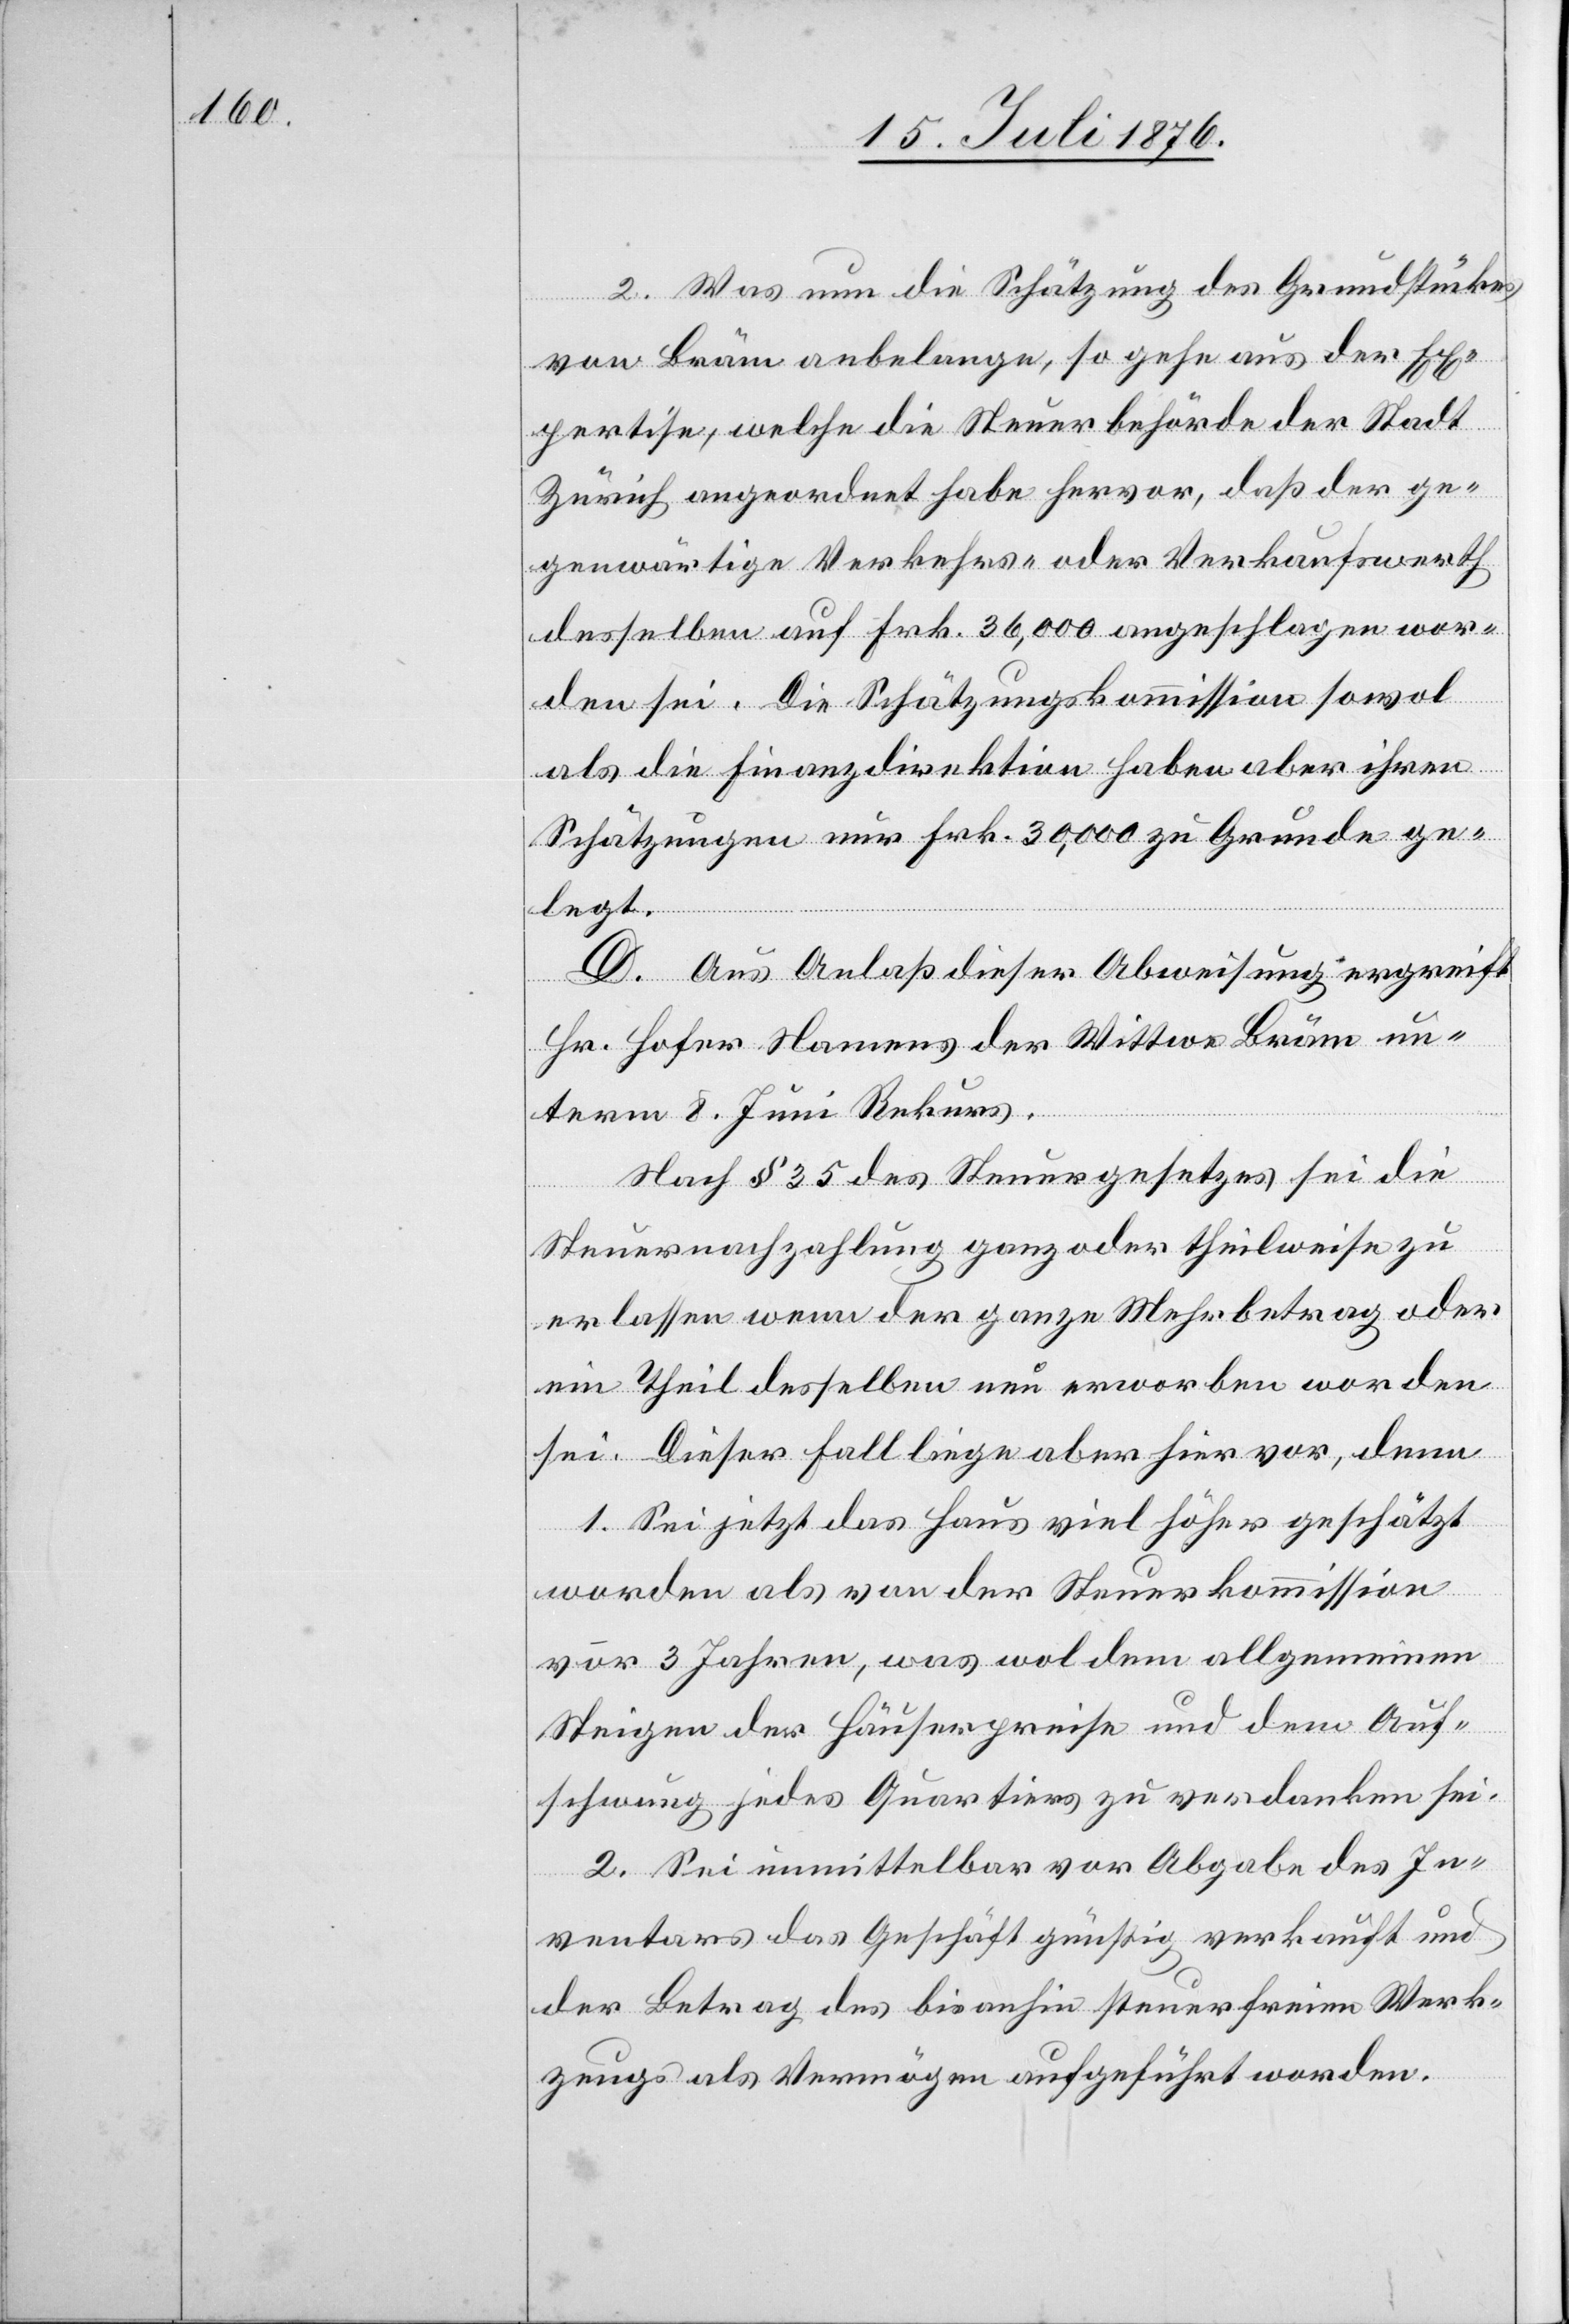
2. Was nun die Schätzung des Grundstückes
von Bräm anbelange, so gehe aus der Ex¬
pertise, welche die Steuerbehörde der Stadt
Zürich angeordnet habe hervor, daß der ge¬
genwärtige Verkehrs- oder Verkaufswerth
desselben auf Frk. 36,000 angeschlagen wor¬
den sei. Die Schätzungskommission sowol
als die Finanzdirektion haben aber ihren
Schätzungen nur Frk. 30,000 zu Grunde ge¬
legt.
D. Aus Anlaß dieser Abweisung ergreift
Hr. Hofer Namens der Wittwe Bräm un¬
term 8. Juni Rekurs.
Nach § 35 des Steuergesetzes sei die
Steuernachzahlung ganz oder theilweise zu
erlassen wenn der ganze Mehrbetrag oder
ein Theil desselben neu erworben worden
sei. Dieser Fall liege aber hier vor, denn
1. Sei jetzt das Haus viel höher geschätzt
worden als von der Steuerkommission
vor 3 Jahren, was wol dem allgemeinen
Steigen der Häuserpreise und dem Auf¬
schwung jedes Quartiers zu verdanken sei.
2. Sei unmittelbar vor Abgabe des In¬
ventars das Geschäft günstig verkauft und
der Betrag des bis anhin steuerfreien Werk¬
zeugs als Vermögen aufgeführt worden.